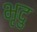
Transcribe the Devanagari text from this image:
भृदु